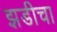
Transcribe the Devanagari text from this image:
झडीचा